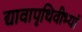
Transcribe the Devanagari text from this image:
द्यावापृथिवीभ्यां